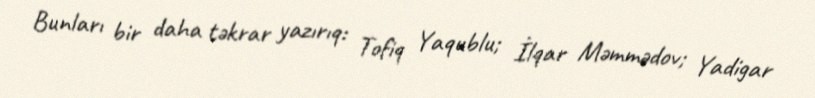
Bunları bir daha təkrar yazırıq: Tofiq Yaqublu; İlqar Məmmədov; Yadigar